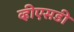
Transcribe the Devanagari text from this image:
व्हीएसडी